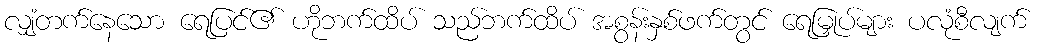
လျှံတက်နေသော ရေပြင်၏ ဟိုဘက်ထိပ် သည်ဘက်ထိပ် အစွန်းနှစ်ဖက်တွင် ရေမြှုပ်များ ပလုံစီလျက်